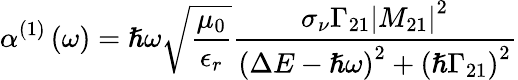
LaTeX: \alpha^{(1)}\left(\omega\right)=\hslash\omega\sqrt{\frac{\mu_{0}}{\epsilon_{r}}}\frac{\sigma_{\nu}\Gamma_{21}\left\vert M_{21}\right\vert^{2}}{\left(\Delta E-\hslash\omega\right)^{2}+\left(\hslash\Gamma_{21}\right)^{2}}